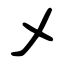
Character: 乄